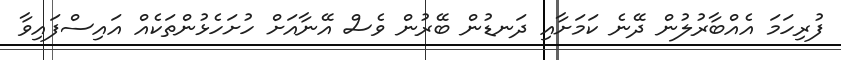
ފުރިހަމަ އެއްބާރުލުން ދޭނެ ކަމަށާއި ދަނޑުން ބޭރުން ވެސް އޭނާއަށް ހުށަހެޅުންތަކެއް އައިސްފައިވާ